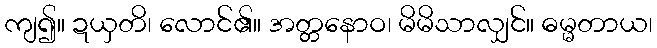
ကျ၍။ ဍယှတိ၊ လောင်၏။ အတ္တနောဝ၊ မိမိသာလျှင်။ ဓမ္မတာယ၊